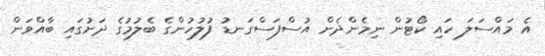
އެ މައްސަލަ ހައި ކޯޓުން ނިމެންދެން އުސްފަސްގަނޑު ފުލުހުންގެ ބެލުމުގެ ދަށުގައި ބާއްވަން